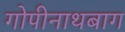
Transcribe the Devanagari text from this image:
गोपीनाथबाग